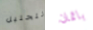
التحليل باتمان